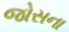
જોસના